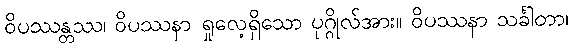
ဝိပဿန္တဿ၊ ဝိပဿနာ ရှုလေ့ရှိသော ပုဂ္ဂိုလ်အား။ ဝိပဿနာ သင်္ခါတာ၊